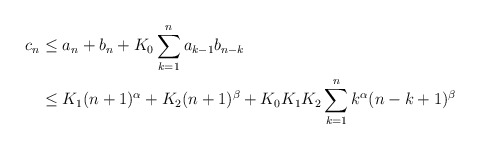
\begin{align*} c_n &\leq a_n+b_n+ K_0\sum_{k=1}^n a_{k-1} b_{n-k}\\&\leq K_1(n+1)^\alpha + K_2(n+1)^\beta + K_0K_1K_2 \sum_{k=1}^n k^\alpha (n-k+1)^\beta \end{align*}